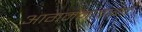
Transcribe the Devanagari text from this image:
आगमनाबाबत